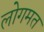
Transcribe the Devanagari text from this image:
लोगमत